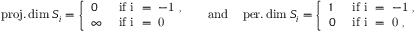
\begin{array} { r } { \operatorname { p r o j . d i m } _ { \L } S _ { i } = \left\{ \begin{array} { l l } { 0 } & { \mathrm { ~ i f ~ i ~ = ~ - 1 ~ , ~ } } \\ { \infty } & { \mathrm { ~ i f ~ i ~ = ~ 0 ~ } } \end{array} \right. \quad \mathrm { a n d } \quad \operatorname { p e r . d i m } _ { \L } S _ { i } = \left\{ \begin{array} { l l } { 1 } & { \mathrm { ~ i f ~ i ~ = ~ - 1 ~ , ~ } } \\ { 0 } & { \mathrm { ~ i f ~ i ~ = ~ 0 ~ } , } \end{array} \right. } \end{array}